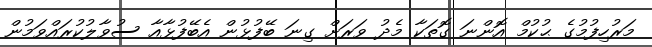
މަރުހިފުމުގެ ޙުކުމް އޮންނަ ގޮތަކާ މެދު ވަރަށް ގިނަ ބޭފުޅުން އެބޭފުޅާއާ ސުވާލުކުރައްވަމުން